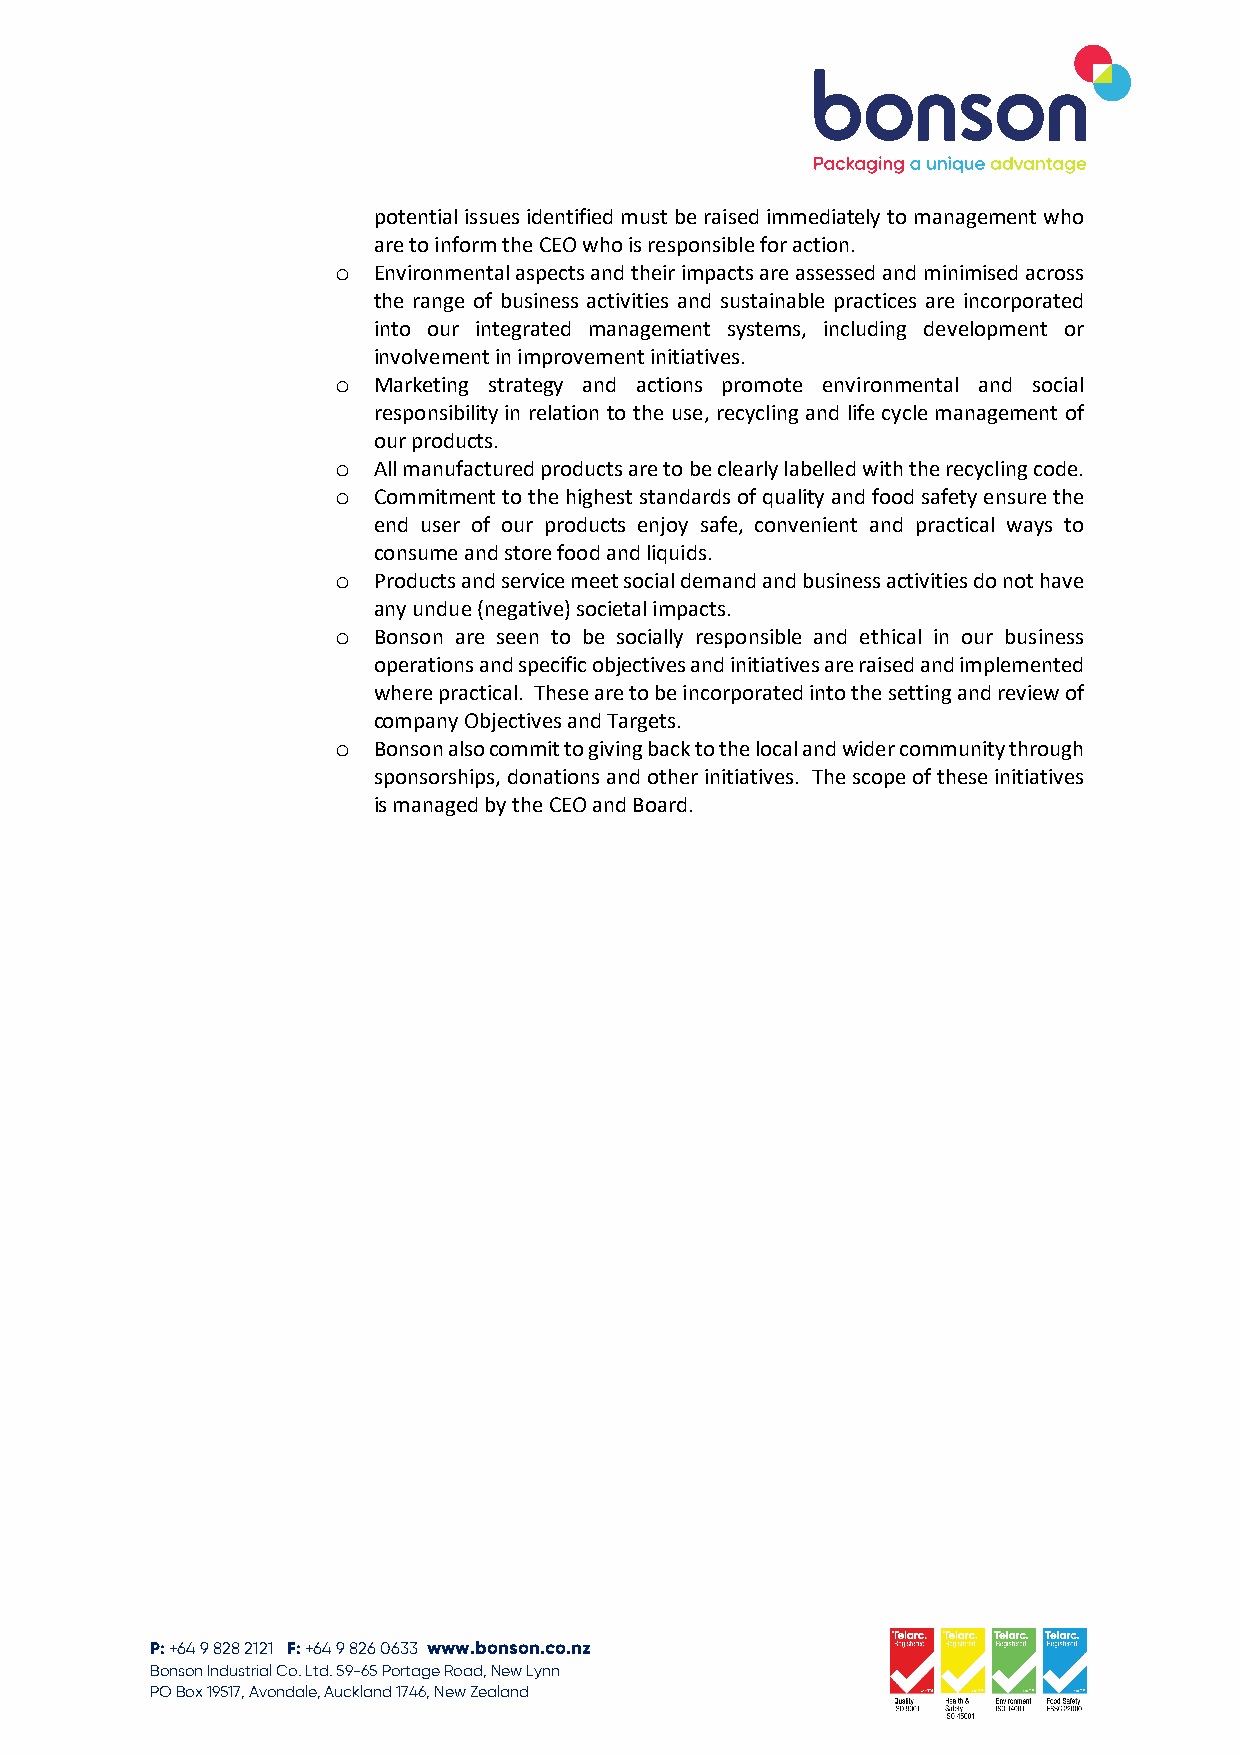
potential issues identified must be raised immediately to management who
 are to inform the CEO who is responsible for action.
 o  Environmental aspects and their impacts are assessed and minimised across
 the range of business activities and sustainable practices are incorporated
 into our integrated management systems, including development or
 involvement in improvement initiatives.
 o  Marketing strategy and actions promote environmental and social
 responsibility in relation to the use, recycling and life cycle management of
 our products.
 o  All manufactured products are to be clearly labelled with the recycling code.
 o  Commitment to the highest standards of quality and food safety ensure the
 end user of our products enjoy safe, convenient and practical ways to
 consume and store food and liquids.
 o  Products and service meet social demand and business activities do not have
 any undue (negative) societal impacts.
 o  Bonson are seen to be socially responsible and ethical in our business
 operations and specific objectives and initiatives are raised and implemented
 where practical. These are to be incorporated into the setting and review of
 company Objectives and Targets.
 o  Bonson also commit to giving back to the local and wider community through
 sponsorships, donations and other initiatives. The scope of these initiatives
 is managed by the CEO and Board.
 P: +64 9 828 2121 F: +64 9 826 0633 www.bonson.co.nz
 Bonson Industrial Co. Ltd. 59-65 Portage Road, New Lynn
 PO Box 19517, Avondale, Auckland 1746, New Zealand